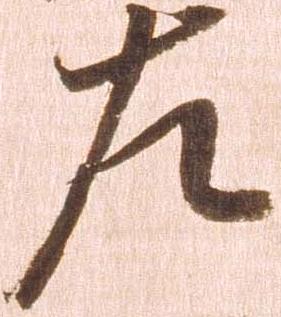
左